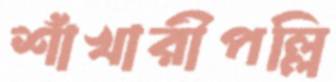
শাঁখারীপল্লি